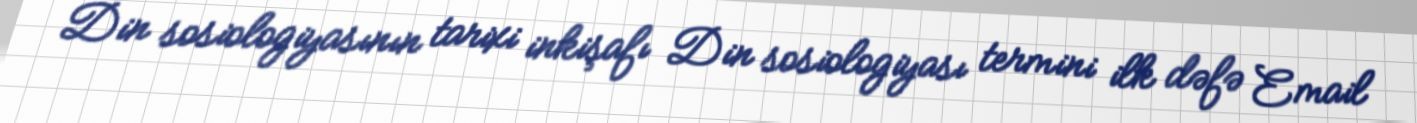
Din sosiologiyasının tarixi inkişafı Din sosiologiyası termini ilk dəfə Email